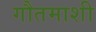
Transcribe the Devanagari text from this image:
गौतमाशी